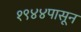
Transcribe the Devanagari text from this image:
१९४४पासून